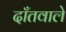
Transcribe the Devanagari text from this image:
दाँतवाले